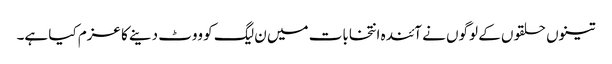
تینوں حلقوں کے لوگوں نے آئندہ انتخابات میں ن لیگ کو ووٹ دینے کا عزم کیا ہے۔